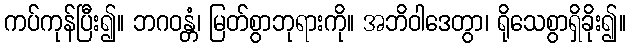
ကပ်ကုန်ပြီး၍။ ဘဂဝန္တံ၊ မြတ်စွာဘုရားကို။ အဘိဝါဒေတွာ၊ ရိုသေစွာရှိခိုး၍။